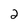
Character: 2